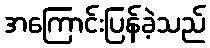
အကြောင်းပြန်ခဲ့သည်